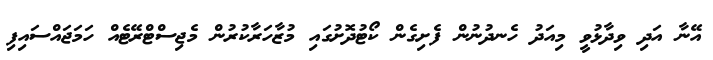
އޭނާ އަދި ވިދާޅުވީ މިއަދު ހެނދުނުން ފެށިގެން ކޯޓުދޮށުގައި މުޒާހަރާކުރުން މެޖިސްޓްރޭޓެއް ހަމަޖައްސައިފި